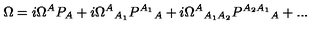
\Omega = i \Omega ^ { A } P _ { A } + i { \Omega ^ { A } } _ { A _ { 1 } } { P ^ { A _ { 1 } } } _ { A } + i { \Omega ^ { A } } _ { A _ { 1 } A _ { 2 } } { P ^ { A _ { 2 } A _ { 1 } } } _ { A } + . . .